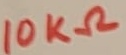
Text: 10KΩ